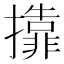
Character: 𱡇